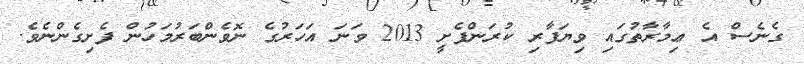
ގެނެސް އެ ޢިމާރާތުގައި ވިޔަފާރި ކުރަންފެށީ 2013 ވަނަ އަހަރުގެ ނޮވެންބަރުމަހުން ފެށިގެންނެވެ.